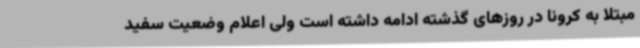
مبتلا به کرونا در روزهای گذشته ادامه داشته است ولی اعلام وضعیت سفید